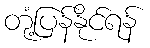
တုံ့ပြန်နိုင်ရန်